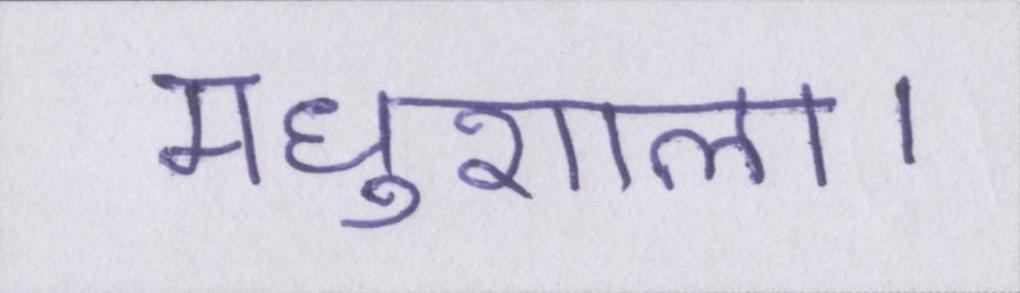
मधुशाला।